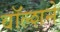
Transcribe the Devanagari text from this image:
वॉल्शने